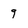
Character: 9